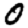
Digit: 0